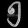
Digit: ၅